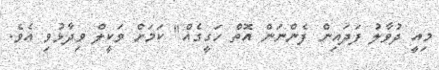
މިއީ ދުވާލު ފަދައިން ފެންނަން އޮތް ހަގީގެއް" ކަމަށް ވަކީލް ވިދާޅުވި އެވެ.